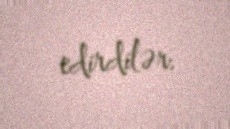
edirdilər.